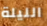
الليلة